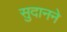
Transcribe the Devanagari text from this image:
सुदानने